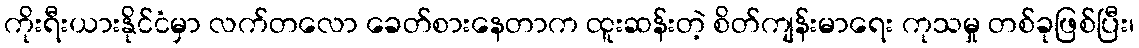
ကိုးရီးယားနိုင်ငံမှာ လက်တလော ခေတ်စားနေတာက ထူးဆန်းတဲ့ စိတ်ကျန်းမာရေး ကုသမှု တစ်ခုဖြစ်ပြီး၊